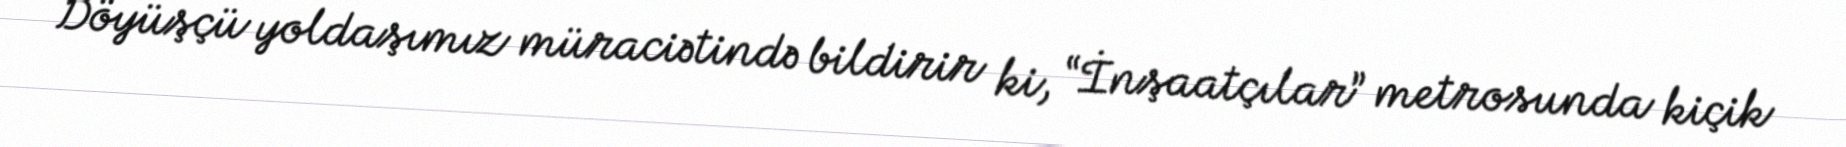
Döyüşçü yoldaşımız müraciətində bildirir ki, “İnşaatçılar” metrosunda kiçik